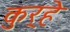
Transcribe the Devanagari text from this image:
कुर्‍हे